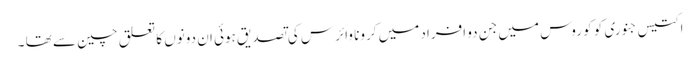
اکتیس جنوری کو کو روس میں جن دو افراد میں کرونا وائرس کی تصدیق ہوئی ان دونوں کا تعلق چین سے تھا ۔